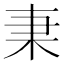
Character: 𣏲